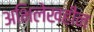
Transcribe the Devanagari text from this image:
अभिलेखहीन